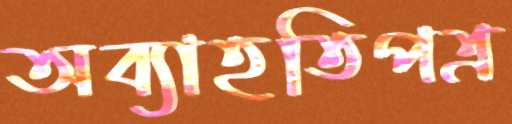
অব্যাহতিপত্র